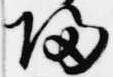
帰